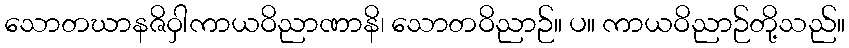
သောတဃာနဇိဝှါကာယဝိညာဏာနိ၊ သောတဝိညာဉ်။ ပ။ ကာယဝိညာဉ်တို့သည်။